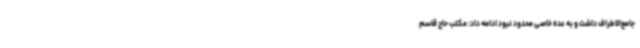
جامع‌الاطراف داشت و به عده خاصی محدود نبود ادامه داد: مکتب حاج قاسم